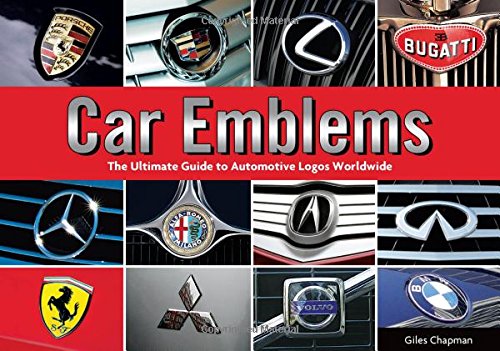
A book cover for Car Emblems: The Ultimate Guide to Automotive Logos Worldwide; Giles Chapman; Engineering & Transportation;